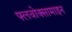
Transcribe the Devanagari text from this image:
फ्लवोक्सामाइन